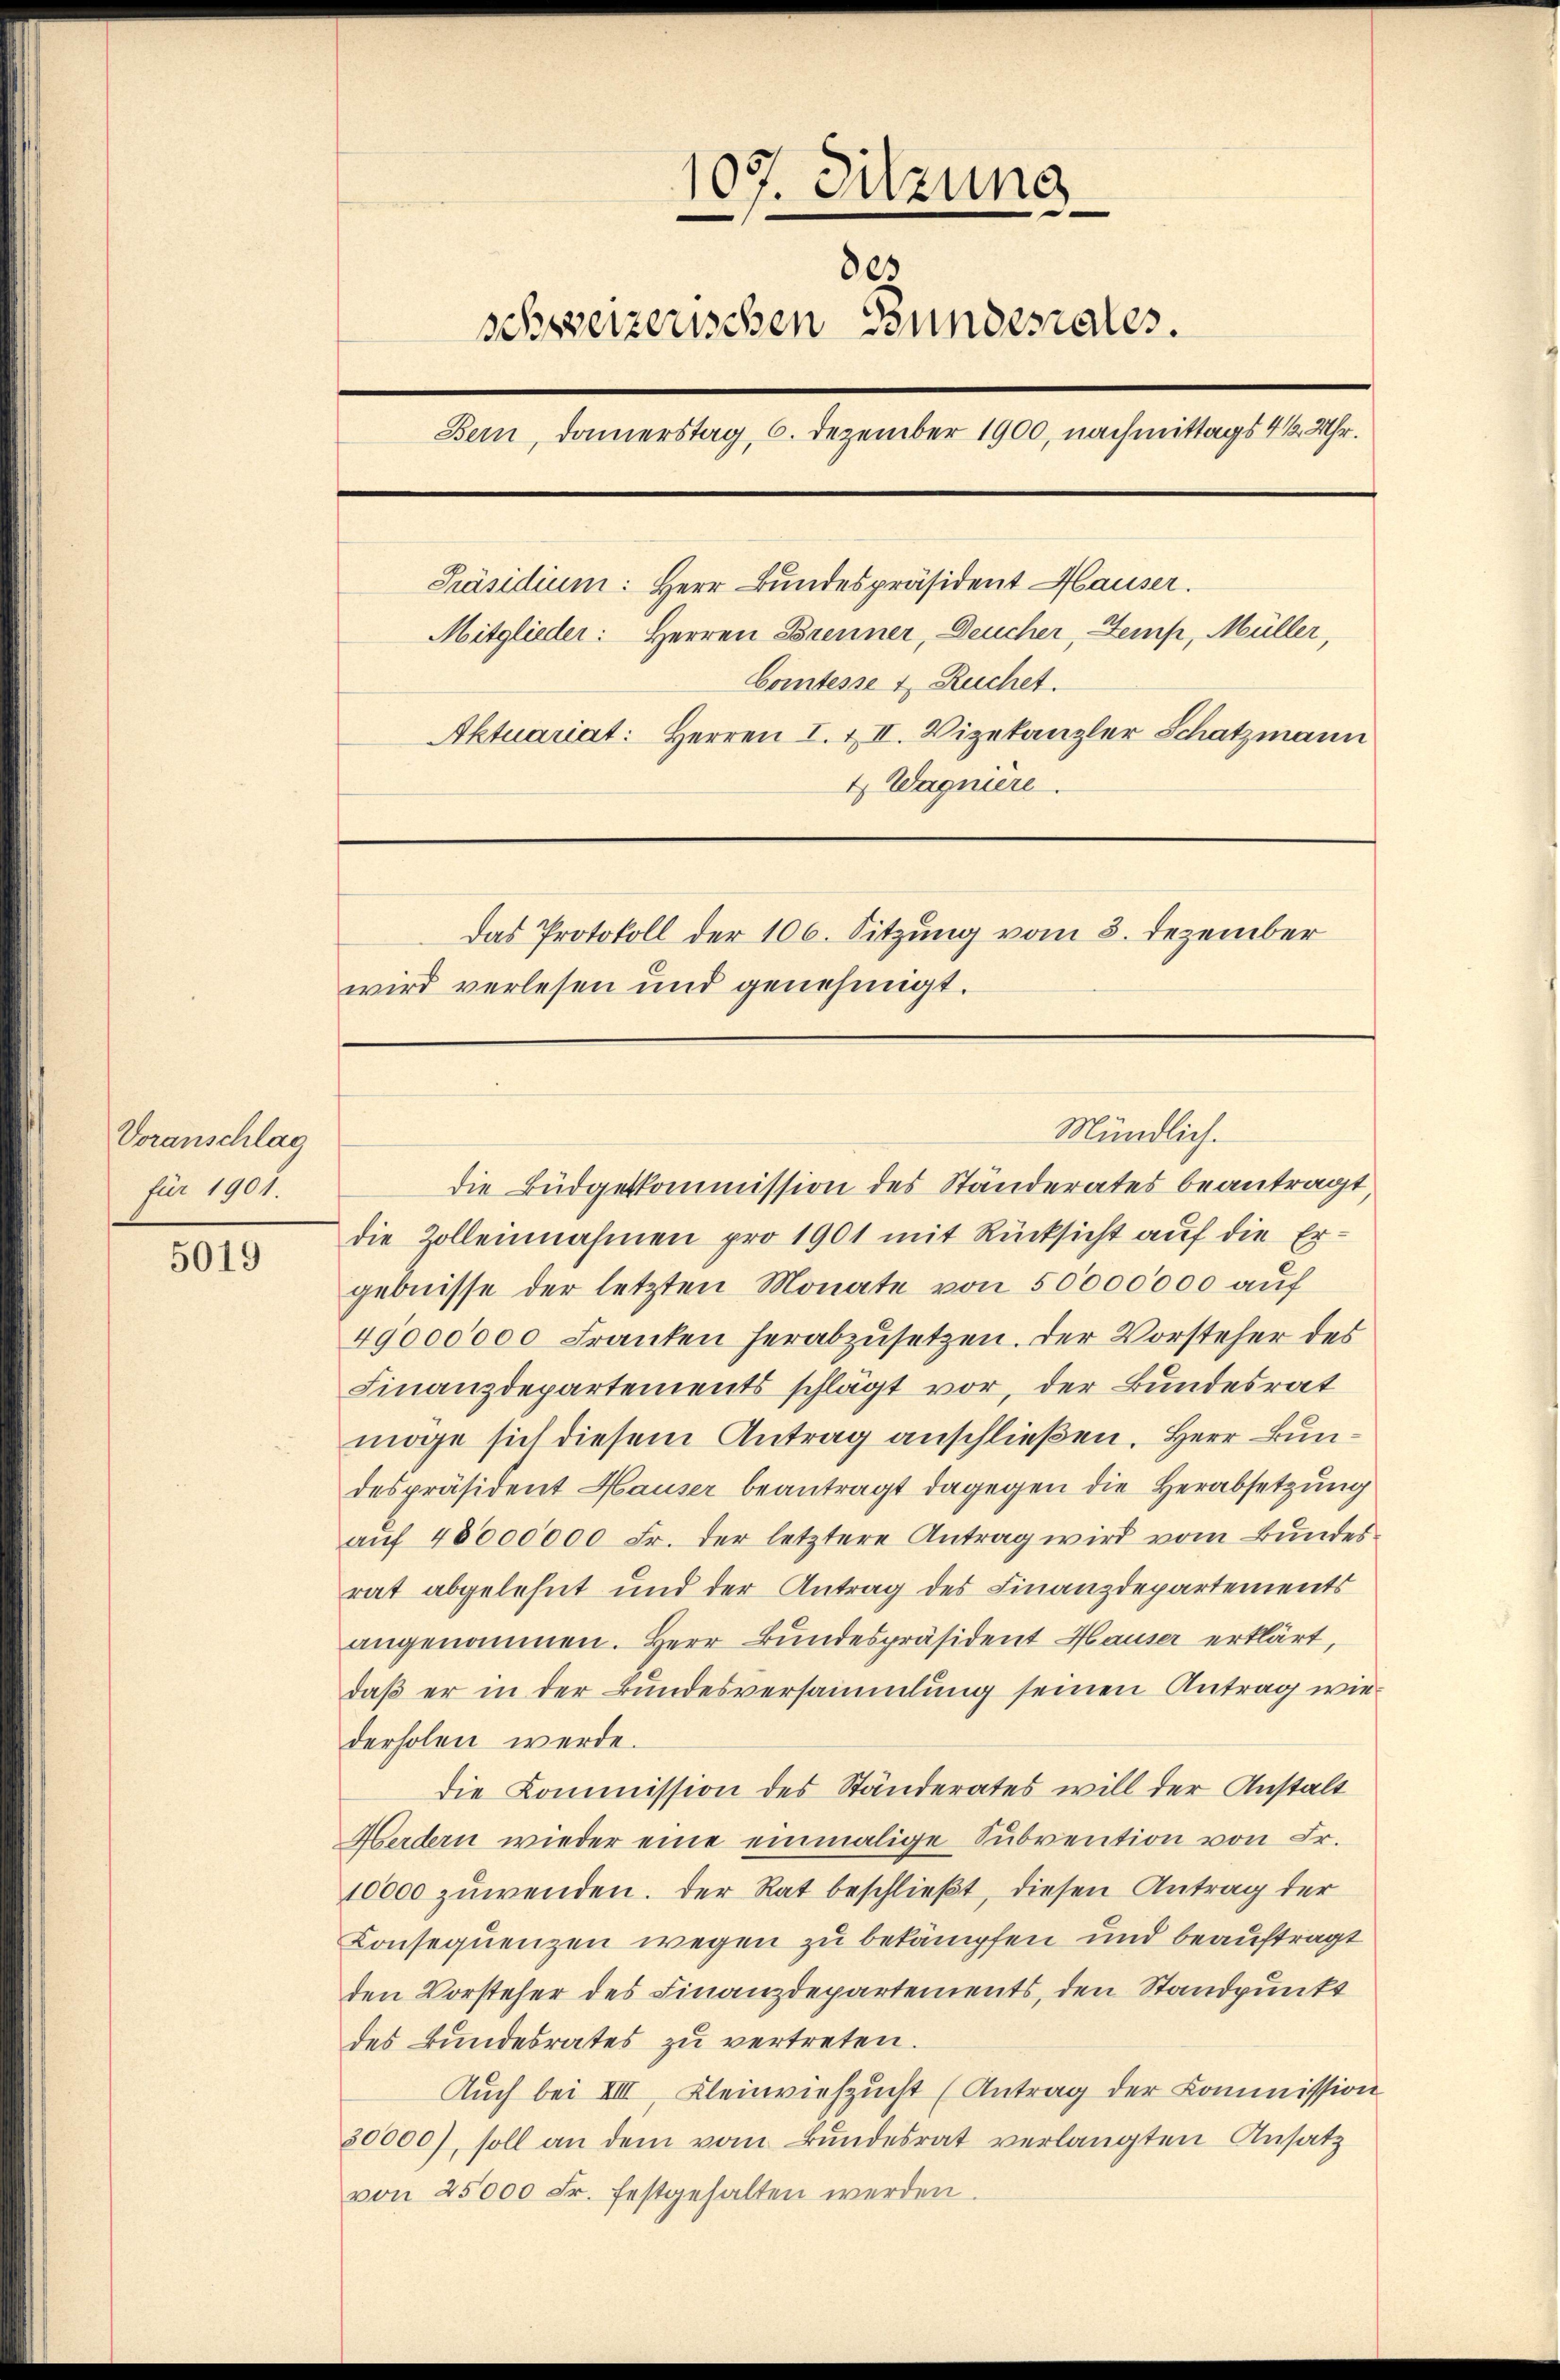
Voranschlag
für 1901.

5019

107. Sitzung
803
schweizerischen Bundesrates.
Bern, Donnerstag, 6. Dezember 1900, nachmittags 4 1/2 Uhr.
Präsidium: Herr Bundespräsident Hauser.
Mitglieder: Herren Brenner, Deucher, Zemp, Müller,
Comtesse 4 Ruchet.
Aktuariat: Herren I. & II. Vizekanzler Schatzmann
4 Wagnière.
Das Protokoll der 106. Sitzung vom 8. Dezember
wird verlesen und genehmigt.

Mündlich.

die Büdgetkommission des Ständerates beantragt
die Zolleinnahmen pro 1901 mit Rücksicht auf die Ergebnisse der letzten Monate von 50000000 auf
49000000 Franken herabzusetzen. Der Vorsteher des
Finanzdepartements schlägt vor, der Bundesrat
möge sich diesem Antrag anschließen. Herr Bundespräsident Hauser beantragt dagegen die Herabsetzung
auf 48000000 Fr. der letztere Antrag wird vom Bundesrat abgelehnt und der Antrag des Finanzdepartements
angenommen. Herr Bundespräsident Hauser erklärt,
daß er in der Bundesversammlung seinen Antrag wiederholen werde.
die Kommission des Ständerates will der Anstalt
Herdern wieder eine einmalige Subvention von Fr.
10000 zuwenden. Der Rat beschließt, diesen Antrag der
Konsequenzen wegen zu bekämpfen und beauftragt
den Vorsteher des Finanzdepartements, den Standpunkt
des Bundesrates zu vertreten.
Auch bei VIII. Kleinviehzŭcht (Antrag der Kommission
30000), soll an dem vom Bundesrat verlangten Ansatz
von 25000 Fr. festgehalten werden.